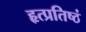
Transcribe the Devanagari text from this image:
हृत्प्रतिष्ठं